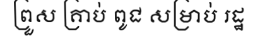
ព្រួស គ្រាប់ ពូជ សម្រាប់ រដ្ឋ